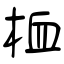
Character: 桖